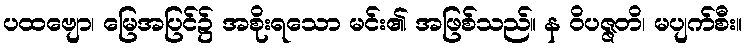
ပထဗျော၊ မြေအပြင်၌ အစိုးရသော မင်း၏ အဖြစ်သည်။ န ဝိပဇ္ဇတိ၊ မပျက်စီး။